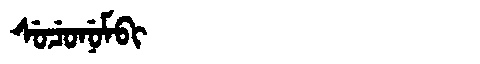
Manchu: ᠰᡠᠴᡠᠨᡠᠮᠪᡳ
Romanization: SUCUNUMBI